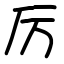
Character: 厉